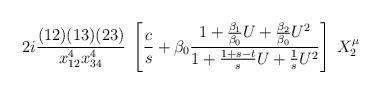
LaTeX: \begin{align*}2i{(12)(13)(23)\over x^4_{12}x^4_{34}}\;\left[{c\over s} + \beta_0 {1 + {\beta_1\over \beta_0} U +{\beta_2\over \beta_0} U^2 \over 1 + {1+s-t\over s}U +{1\over s}U^2}\right] \; X^\mu_2\end{align*}